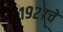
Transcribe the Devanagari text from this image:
१९२७चे